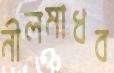
নীলমাধব